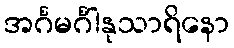
အင်္ဂမင်္ဂါနုသာရိနော